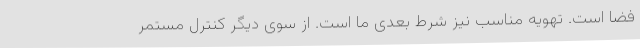
فضا است‌. تهویه مناسب نیز شرط بعدی ما است. از سوی دیگر کنترل مستمر